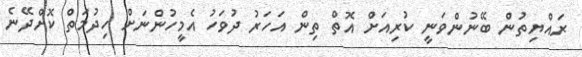
ރައްޔިތުން ބޭނުންވަނީ ކުރިއަށް އޮތް ތިން އަހަރު ދުވަހު އެމީހުންނަށް ހިދުމަތް ކޮށްދޭނެ